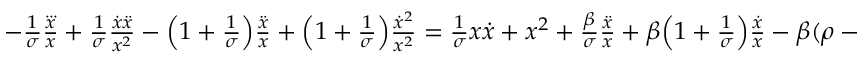
\begin{array} { r } { - \frac { 1 } { \sigma } \frac { \dddot { x } } { x } + \frac { 1 } { \sigma } \frac { \dot { x } \ddot { x } } { x ^ { 2 } } - \Big ( 1 + \frac { 1 } { \sigma } \Big ) \frac { \ddot { x } } { x } + \Big ( 1 + \frac { 1 } { \sigma } \Big ) \frac { \dot { x } ^ { 2 } } { x ^ { 2 } } = \frac { 1 } { \sigma } x \dot { x } + x ^ { 2 } + \frac { \beta } { \sigma } \frac { \ddot { x } } { x } + \beta \Big ( 1 + \frac { 1 } { \sigma } \Big ) \frac { \dot { x } } { x } - \beta ( \rho - 1 ) } \end{array}